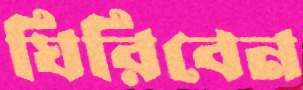
ঘিরিবেন